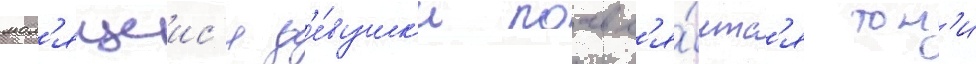
мол'ящеис'я д'е́вушк'и поавл'я́етс'я тон'и